Vital statistics of India. Vol. VI, European troops 1870-79
Year: 1870
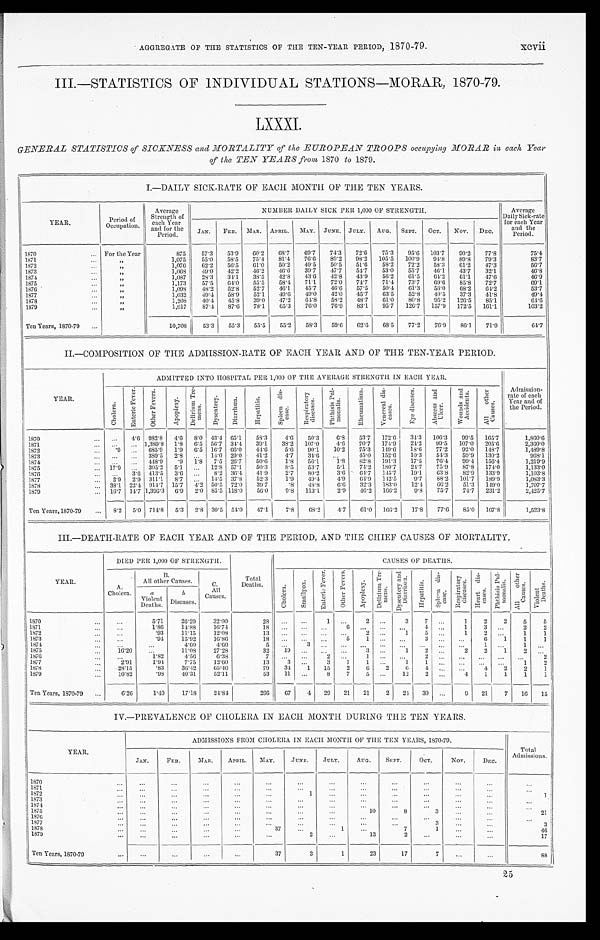
AGGREGATE OF THE STATISTICS OF THE TEN-YEAR PERIOD, 1870-79.
xcvii
III.—STATISTICS OF INDIVIDUAL STATIONS—MORAR, 1870-79.
LXXXI.
GENERAL STATISTICS of SICKNESS and MORTALITY of the EUROPEAN TROOPS occupying MORAR in each Year
of thee TEN YEARS from 1870 to 1879.
I.-DAILY SICK-RATE OF EACH MONTH OF THE TEN YEARS.
YEAR.
Period
of
Occupation.
Average
Strength of
each Year
and for the e
Period.
NUMBER DAILY SICK PER 1,000 OF STRENGTH.
Average
Daily Sick-rate
for each Year
and the
Period.
JAN. FEB. MAR. APRIL. MAY. JUNE. JULY. AUG. SEPT. OCT. NOV. DEC.
1870
For the Year
875 57.3 53.9 60.2 68.7 69. 7 74.3 72.6 75.3 95. 6 103.7 90.2 77.8
75.4
1871
„
1,075 55.0 58.5 75.4 81.4 76. 6 89.2 98.2 105.5 100. 9 94.8 89.8 79.3
83.7
1872
„
1,076 62.2 56.5 61.0 50.2 49. 5 50.5 51.6 58.2 72. 2 58.3 61.2 47.3
56.7
1873
„
1,068 49.0
4 2 . 2 46.2 46.6 39. 7 47.7 54.7
5 3 . 0 5 5 . 7 46.1 43.7 32.1
46.8
1874
„
1,087 28.3 34.1 38.5 42.8 43. 6 42.8 43.9 56.2 61.5 64.2 61.1 47.6
46.9
1875
„
1,173 57.5 64.0 55.5 58.4 71.1 72.0 74.7 71.4 73. 7 69.6 85.8 72.7
69.1
1876
„
1 , 0 9 8 48.2 52.8 52.7 46.1 45. 7 46.6 57.5 50.4 61. 3 56.0 68.2 64.2
53.7
1877
„
1,032 49.4 58.9 52.1 49.6 49. 0 42.0 45.7 63.5 52.8 40. 5 37.3 41.8
49.4
1878
„
1,208 40.4 45.8 39.0 47.2 64. 8 58.2 48.7 61.0 80. 8 95.2 126.5 85.1
64.6
1879
„
1,017 87.4 87.6 78.1 65.3 76. 0 76.9 83.1 95.7 126. 7 157.9 172.5 161.1
103.2
Ten Years, 1870-70
10,708 53.3 55.3 55.5 55.2 58. 3 59.6 62.6 68.5 77.2 76.9 86.1 71.9
64.7
II.—COMPOSITION OF THE ADMISSION-RATE OF EACH YEAR AND OF THE TEN-YEAR PERIOD.
YEAR.
ADMITTED INTO HOSPITAL PER 1,000 OF THE AVERAGE STRENGTH IN EACH YEAR.
Admission-
rate of each
Year and of
the Period.
C h o l e r a .
E n t e r i c F e v e r . O t h e r F e v e r . Apopl exy.
D e l i r i u m T r e -
m e n s .
D y s e n t e r y .
D i a r r h œ a .
H e p a t i t i s .
S p l e e n d i s -
e a s e .
R e s p i r a t o r y
d i s e a s e s .
P h t h i s i s P u l -
m o n a l i s .
R h e u m a t i s m . V e n e r e a l d i s -
e a s e s .
E y e d i s e a s e s . A b s c e s s a n d
U l c e r .
W o u n d s a n d
A c c i d e n t s . A l l o t h e r C a u s e s .
1870
4.6 982.8 4.6 8.0 43.4 65.1 58.3 4.6 50.3 6.8 53.7 172.6 34.3 106.3 99.5 165.7
1,860.6
1871
1,389.8 1.8 6.5 56.7 34.4 39.1 38.2 107.0 4.6 70.7 174.9 24.2 99.5 107.0 205.6
2,360.0
1872
. 9
685. 9 1.9 6.5 16.7 66.0 44.6 5.6 90.1 10.2 75.3 149.6 18.6 77.2 92.0 148.7
1,489.8
1873
389.5 2.8
14.0 29.0 41.2 4.7 34.6
45.0 152.6 10.3 54.3 59.9 130.2
968.1
1874
448. 9 .9 1.8 7.5 26.7 50.6 1.8 56.1 1.8 82.8 191.3 17.5 76.4 99.4 156.4
1,219.9
1875
17.9
305.2 5.1
12.8 57.1 50.3 8.5 53.7 5.1 74.2 180.7 24.7 75.9 87.8 174.0
1,133.0
1876
3.6 413.5 3.6
8.2 36.4 41.9 2.7 80.2 3.6 64.7 145.7 19.1 63.8
8 2 . 9 133.9
1,103.8
1877
2.9 2.9 311.1 8.7
14.5 37.8 52.3 1.9 49.4 4.9
6 4 . 9 1 4 2 . 5 9.7 88.2 101.7 189.9
1,083.3
1878
38.1 22.4 914.7 15.7 4 . 2 50.5 72.0 39.7 .8 48.8
6 . 6 32.3 183.012.4
6 6 . 2
5 1 . 3 149. 0
1 , 7 0 7 . 7
1879
16.7 14.7 1,396.3 6.9 2.0 85.5 118.0 56.0 9.8 113.1 2.9 46.2 166.2 9.8 75.7 74.7 231.2
2,425.7
Ten Years, 1870-79
8.2 5.0 714.8 5.3 2.8 30.5 54.0 47.1 7.8 68.2 4.7
6 1 . 0 166.2 17.8 77.6 85.0 167.8
1,523.8
III.—DEATH-RATE OF EACH YEAR AND OF THE PERIOD, AND THE CHIEF CAUSES OF MORTALITY.
YEAR.
DIED PER 1,000 OF STRENGTH.
Total
Deaths.
C A U S E S O F D E A T H S .
A.
Cholera.
B.
All other Causes. C.
All
Causes.
C h o l e r a .
S m a l l p o x .
E n t e r i c F e v e r .
O t h e r F e v e r s .
A p o p l e x y .
D e l i r i u m T r e -
m e n s .
D y s e n t e r y a n d
D i a r r h œ a .
H e p a t i t i s .
Spl een di s-
ease.
R e s p i r a t o r y
d i s e a s e s .
H e a r t d i s -
e a s e s .
Ph t h i s i s Pu l -
monal i s. A l l o t h e r C a u s e s . Vi o l e n t
De a t hs
a
Violent
Deaths.
b
Diseases.
1870
5.71 26.29 32.00
28
1
2
3 7
1 2 2 5 5
1871
1.86 14.88 16.74
18
6
4
1
3
2 2
1872
.93 11.15 12.08
1 3
2
1 5
1
2
1 1
1 8 7 3
. 9 4 15.92 16.86
1 8
5 1
3
6 1 1 1
1 8 7 4
4.60 4.60
5
3
1
1
1875
16.20
11.08 27.28
32 19
3
1
2
2 2 1 2
1876
1.82 4.56 6.38
7
2
1
2
2
1877
2.91 1.94 7.75 12.60
13 3
3 1 1
1
1
1 2
1878
28.15 .83 36.42 65.40
79 34 1
1 5 2 6 2 6
4
4 2 2 1
1 8 7 9 10.82
.98 40.31 52.11
53 11
8 7 5
12 2
4 1 1 1 1
Ten Years, 1870-79
6.26 1.40 17.18 24.84
266 67 4 29 21 21 2 24 30
9 21 7 16 15
IV.-PREVALENCE OF CHOLERA IN EACH MONTH DURING THE TEN YEARS.
ADMISSIONS FROM CHOLERA IN EACH MONTH OF THE TEN YEARS, 1870-79.
Total
Admissions.
YEAR.
J AN.
FEB. MAR.
APRIL. MAY.
JUNE. JULY. AUG. SEPT. OCT. NOV.
D E C .
1870 1871
1 8 7 2
1
1
1873 1874 1875
10
8
3
21
1876 1877
3
3
1878
37
1
7
1
46
1879
2
13
2
17
Ten Years, 1870-79
37
3
1
23
17
7
8 8
25